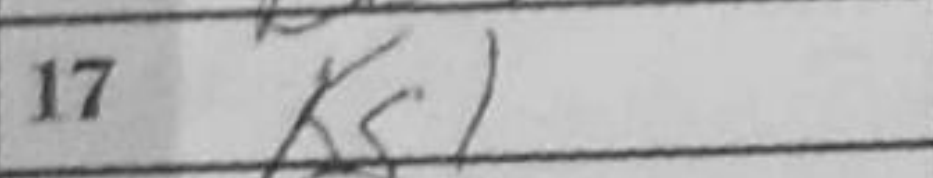
Transcription: Kg1